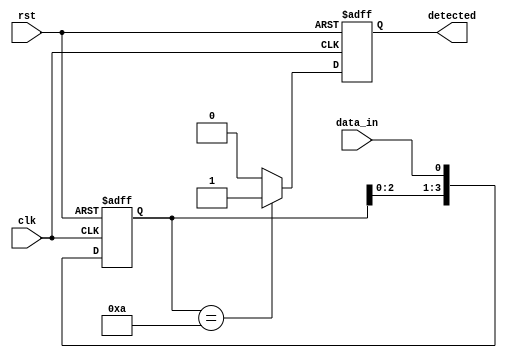
module pattern_detector #(
    parameter PATTERN_LENGTH = 4, // Length of the pattern to detect
    parameter PATTERN = 4'b1010    // The pattern to detect (example: 1010)
)(
    input wire clk,                 // Clock signal
    input wire rst,                 // Reset signal
    input wire data_in,             // Input data stream
    output reg detected              // Detection output signal
);

    // Flip-flops to store the input data
    reg [PATTERN_LENGTH-1:0] shift_reg;

    // Sequential logic for data sampling and shifting
    always @(posedge clk or posedge rst) begin
        if (rst) begin
            shift_reg <= 0;           // Reset shift register
            detected <= 0;            // Reset detection signal
        end else begin
            shift_reg <= {shift_reg[PATTERN_LENGTH-2:0], data_in}; // Shift in new data
            // Check for pattern match
            if (shift_reg == PATTERN) begin
                detected <= 1;         // Pattern detected
            end else begin
                detected <= 0;         // No pattern detected
            end
        end
    end

endmodule